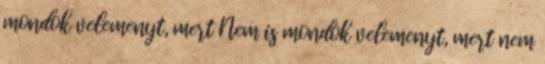
mondok velemenyt, mert Nem is mondok velemenyt, mert nem